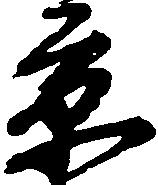
京